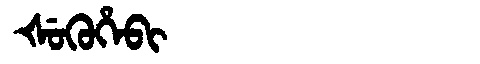
Manchu: ᡧᡠᡴᡠᡥᡝᠪᡳ
Romanization: ŠUKUHEBI